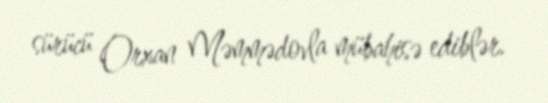
sürücü Orxan Məmmədovla mübahisə ediblər.